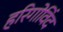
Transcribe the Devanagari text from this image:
हरिगोविंद